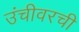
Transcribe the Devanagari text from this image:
उंचीवरची